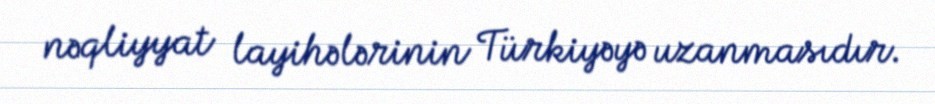
nəqliyyat layihələrinin Türkiyəyə uzanmasıdır.